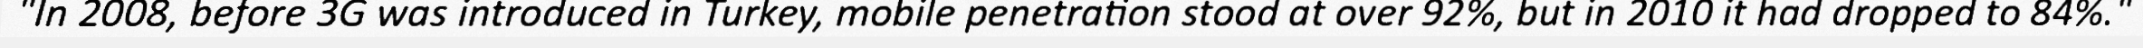
"In 2008, before 3G was introduced in Turkey, mobile penetration stood at over 92%, but in 2010 it had dropped to 84%."